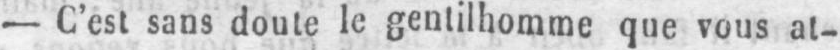
- C’est sans doute le gentilhomme que vous at-